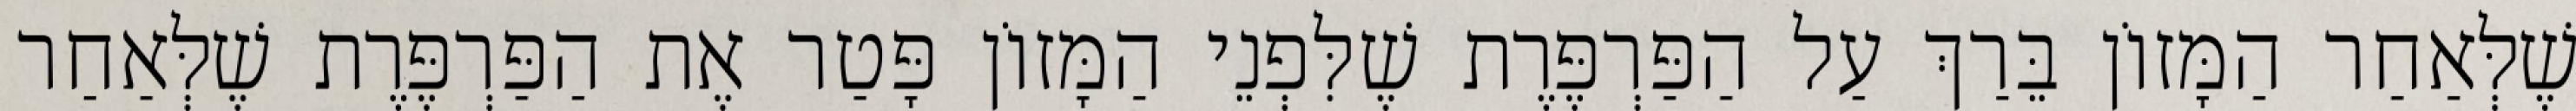
שֶׁלְּאַחַר הַמָּזוֹן בֵּרַךְ עַל הַפַּרְפֶּרֶת שֶׁלִּפְנֵי הַמָּזוֹן פָּטַר אֶת הַפַּרְפֶּרֶת שֶׁלְּאַחַר